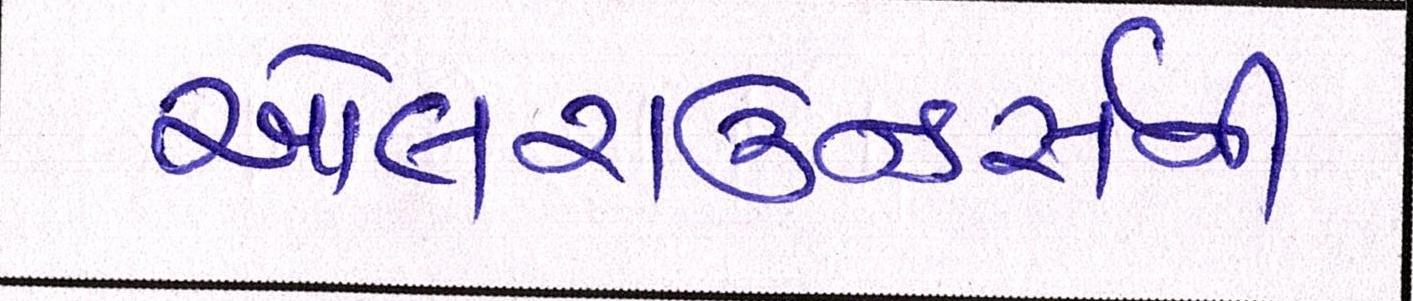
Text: ઓલરાઉન્ડર્સની